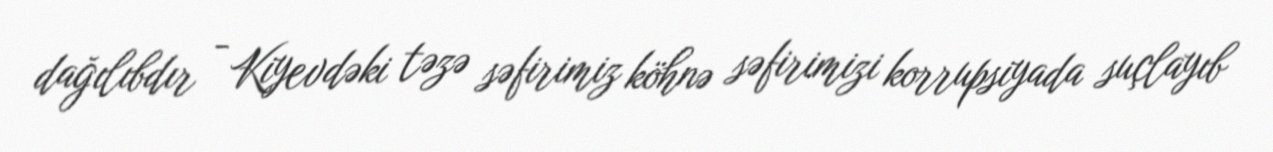
dağılıbdır - Kiyevdəki təzə səfirimiz köhnə səfirimizi korrupsiyada suçlayıb